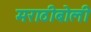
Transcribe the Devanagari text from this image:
मराठीबोली